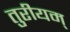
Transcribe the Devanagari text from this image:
तुरीयम्